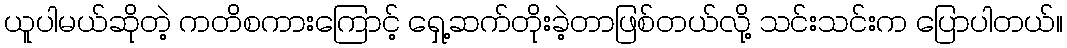
ယူပါမယ်ဆိုတဲ့ ကတိစကားကြောင့် ရှေ့ဆက်တိုးခဲ့တာဖြစ်တယ်လို့ သင်းသင်းက ပြောပါတယ်။